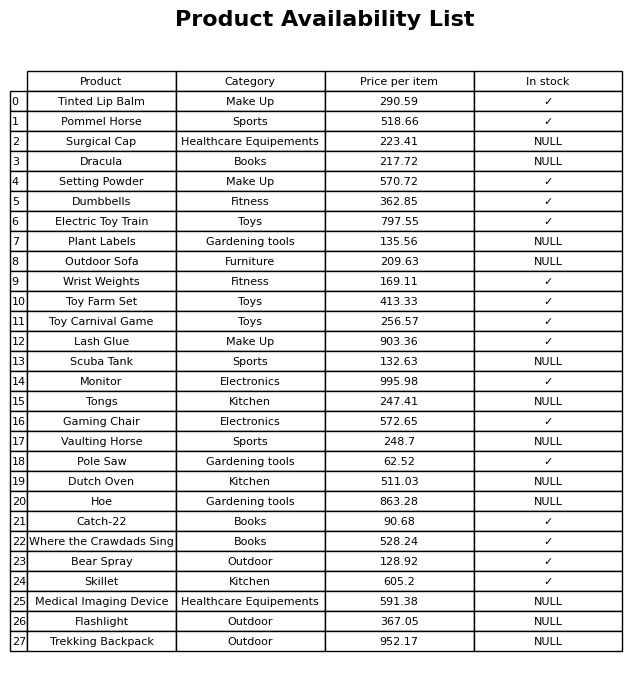
question: What is the price of the Toy Carnival Game?
answer: The price of Toy Carnival Game is 256.57.